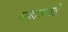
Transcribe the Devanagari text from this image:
महारुगडे